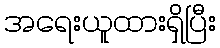
အရေးယူထားရှိပြီး